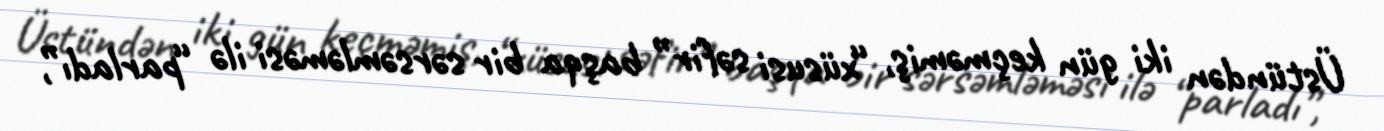
Üstündən iki gün keçməmiş, “xüsusi səfir” başqa bir sərsəmləməsi ilə “parladı”,